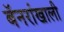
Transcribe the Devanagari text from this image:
बॅनरांखाली